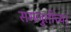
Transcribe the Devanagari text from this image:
समजुतींच्या